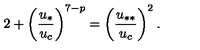
2 + \left( \frac { u _ { * } } { u _ { c } } \right) ^ { 7 - p } = \left( \frac { u _ { * * } } { u _ { c } } \right) ^ { 2 } .